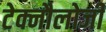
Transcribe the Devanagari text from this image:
टेक्नौलोजी